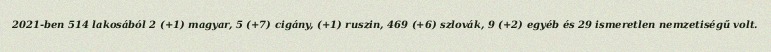
2021-ben 514 lakosából 2 (+1) magyar, 5 (+7) cigány, (+1) ruszin, 469 (+6) szlovák, 9 (+2) egyéb és 29 ismeretlen nemzetiségű volt.